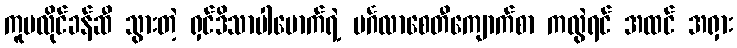
ကူဗလိုင်ခန်ဆီ သွားတဲ့ ရှင်ဒိသာပါမောက်ရဲ့ မင်္ဂလာစေတီကျောက်စာ ကလွဲရင် အထင် အရှား